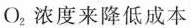
O_{2}浓度来降低成本